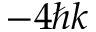
- 4 \hbar k